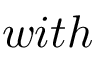
w i t h